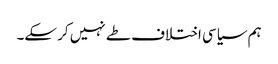
ہم سیاسی اختلاف طے نہیں کر سکے۔